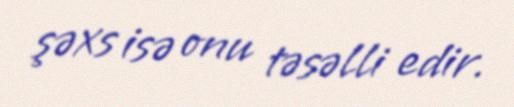
şəxs isə onu təsəlli edir.